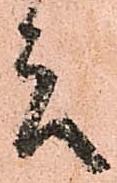
言